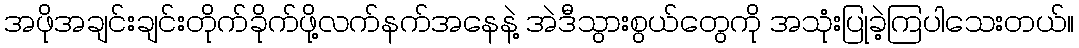
အဖိုအချင်းချင်းတိုက်ခိုက်ဖို့လက်နက်အနေနဲ့ အဲဒီသွားစွယ်တွေကို အသုံးပြုခဲ့ကြပါသေးတယ်။